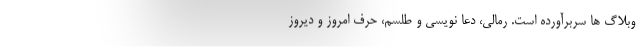
وبلاگ ها سربرآورده است. رمالی، دعا نویسی و طلسم، حرف امروز و دیروز